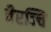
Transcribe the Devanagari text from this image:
वैरञ्चि